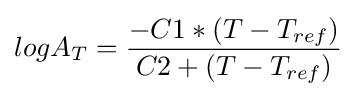
logA_{T}={-C1*(T-T_{ref}) \over C2+(T-T_{ref})}